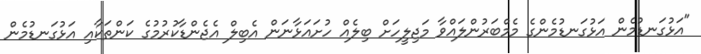
"އަޅުގަނޑުމެން އަޅުގަނޑުމެންގެ މެމްބަރުންލައްވާ މަޖިލީހަށް ބިލެއް ހުށައަޅާނަން އެބިލް އެޖެންޑާކުރުމުގެ ކަންތަކާއި އަޅުގަނޑުމެން